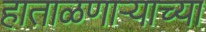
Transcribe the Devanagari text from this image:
हाताळणार्‍याच्या